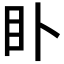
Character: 𥃨